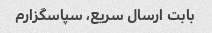
بابت ارسال سریع، سپاسگزارم